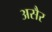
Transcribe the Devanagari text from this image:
असैर